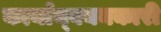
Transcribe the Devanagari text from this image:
कार्यान्‍वयनकारी